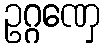
ဥဂ္ဂဏှေ